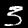
Label: 3